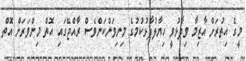
މީގެ އިތުރަށް އާޒިމާ ވިދާޅުވީ ހިޔާލުފާޅުކުމުގެ މިނިވަންކަންވެސް ރާއްޖޭގައި އޮތް މިންވަރަށް އޮތް